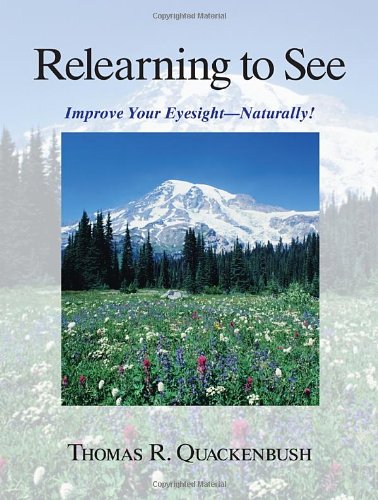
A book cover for Relearning to See: Improve Your Eyesight Naturally!; Thomas Quackenbush; Medical Books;